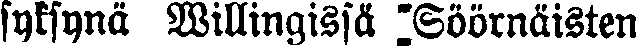
syksynä Willingissä "Söörnäisten